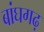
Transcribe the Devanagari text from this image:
बांघगढ़